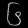
Digit: ၆